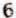
6